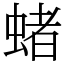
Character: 蝫